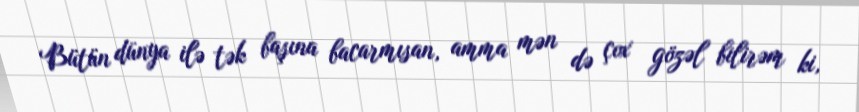
Bütün dünya ilə tək başına bacarmısan, amma mən də çox gözəl bilirəm ki,